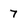
Character: 7